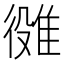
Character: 𨿒